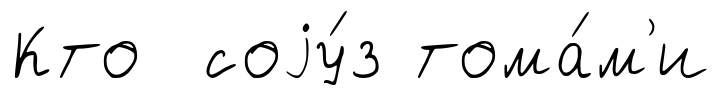
Кто соjу́з тома́м'и